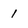
Character: 1